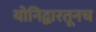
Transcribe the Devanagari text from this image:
योनिद्वारतूनच